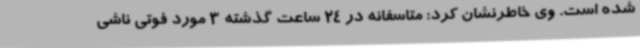
شده است. وی خاطرنشان کرد: متاسفانه در 24 ساعت گذشته 3 مورد فوتی ناشی